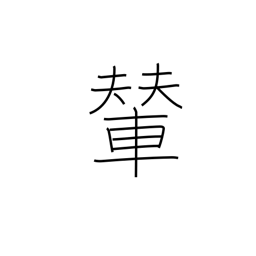
Meaning: palanquin